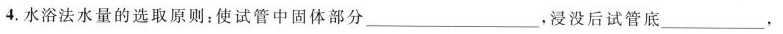
4.水浴法水量的选取原则：使试管中固体部分___，浸没后试管底___，